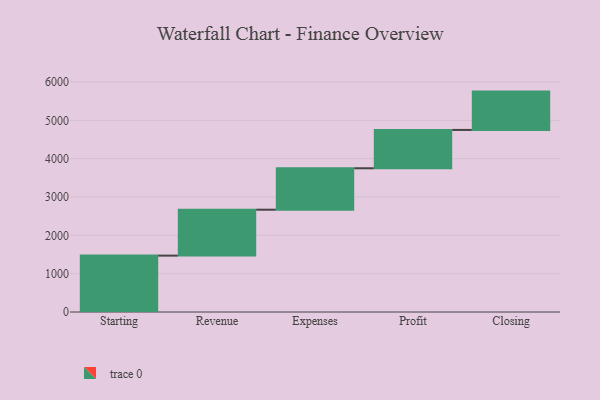
{"axis": {"x": "Step", "y": "Value"}, "legend": [""], "data": [{"x": "Starting", "y": 1471.0, "type": ""}, {"x": "Revenue", "y": 1198.0, "type": ""}, {"x": "Expenses", "y": 1081.0, "type": ""}, {"x": "Profit", "y": 1000, "type": ""}, {"x": "Closing", "y": 1000, "type": ""}]}